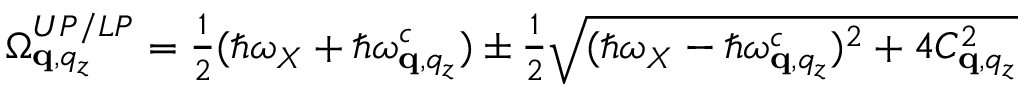
\begin{array} { r } { \Omega _ { \mathbf q , q _ { z } } ^ { U P / L P } = \frac { 1 } { 2 } ( \hbar \omega _ { X } + \hbar \omega _ { \mathbf q , q _ { z } } ^ { c } ) \pm \frac { 1 } { 2 } \sqrt { ( \hbar \omega _ { X } - \hbar \omega _ { \mathbf q , q _ { z } } ^ { c } ) ^ { 2 } + 4 C _ { \mathbf q , q _ { z } } ^ { 2 } } } \end{array}